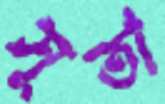
সূতা